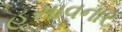
હસાવનાર